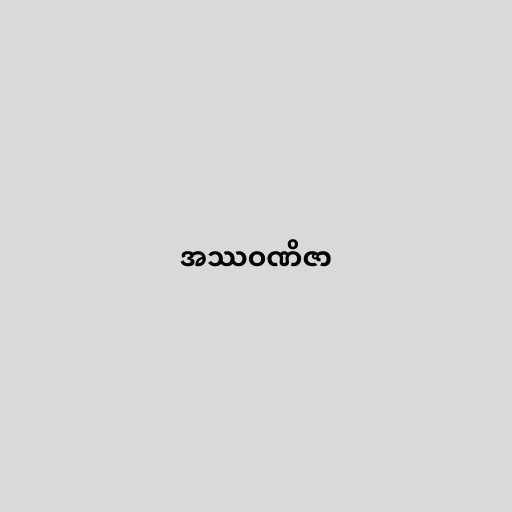
အဿဝဏိဇာ